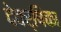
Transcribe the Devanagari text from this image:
देवर्षिका